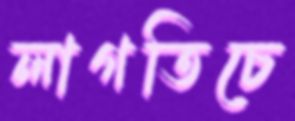
লাগতিচে